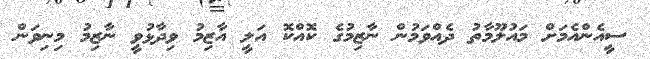
ސީއެންއެމަށް މައުލޫމާތު ދެއްވަމުން ނާޒިމުގެ ކޮއްކޮ އަލީ އާޒިމު ވިދާޅުވީ ނާޒިމު މިނިވަން